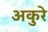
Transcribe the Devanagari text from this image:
अकुरे